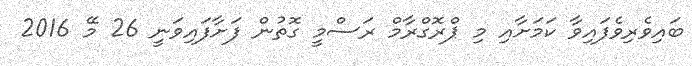
ބައިވެރިވެފައިވާ ކަމަށާއި މި ޕްރޮގްރާމް ރަސްމީ ގޮތުން ފަށާފައިވަނީ 26 މޭ 2016